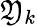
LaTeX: \mathfrak{Y}_{k}